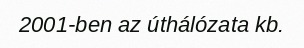
2001-ben az úthálózata kb.